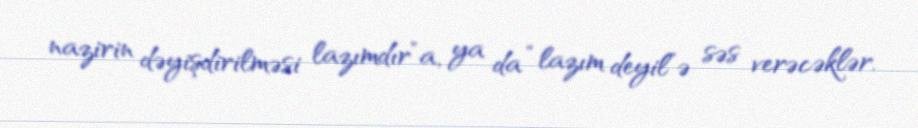
nazirin dəyişdirilməsi lazımdır”a, ya da “lazım deyil”ə səs verəcəklər.